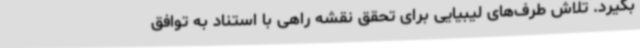
بگیرد. تلاش طرف‌های لیبیایی برای تحقق نقشه راهی با استناد به توافق